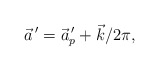
\begin{align*}\vec a^{\,\prime}=\vec a_p^{\,\prime}+\vec k/2\pi,\end{align*}